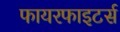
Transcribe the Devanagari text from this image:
फायरफाइटर्स